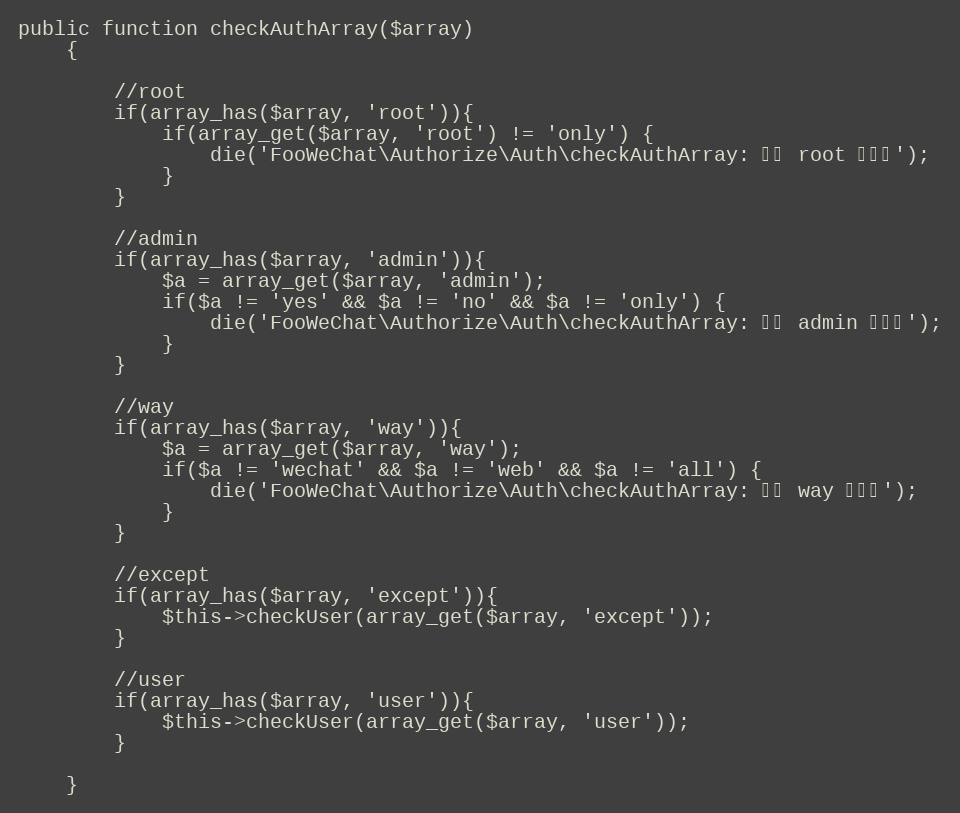
Language: PHP
public function checkAuthArray($array)
	{

		//root
		if(array_has($array, 'root')){
			if(array_get($array, 'root') != 'only') {
				die('FooWeChat\Authorize\Auth\checkAuthArray: 参数 root 值错误');
			}
		}

		//admin
		if(array_has($array, 'admin')){
			$a = array_get($array, 'admin');
			if($a != 'yes' && $a != 'no' && $a != 'only') {
				die('FooWeChat\Authorize\Auth\checkAuthArray: 参数 admin 值错误');
			}
		}

		//way
		if(array_has($array, 'way')){
			$a = array_get($array, 'way');
			if($a != 'wechat' && $a != 'web' && $a != 'all') {
				die('FooWeChat\Authorize\Auth\checkAuthArray: 参数 way 值错误');
			}
		}

		//except
		if(array_has($array, 'except')){
			$this->checkUser(array_get($array, 'except'));
		}

		//user
		if(array_has($array, 'user')){
			$this->checkUser(array_get($array, 'user'));
		}

	}